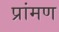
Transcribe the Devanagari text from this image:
प्रांमण